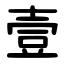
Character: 壹